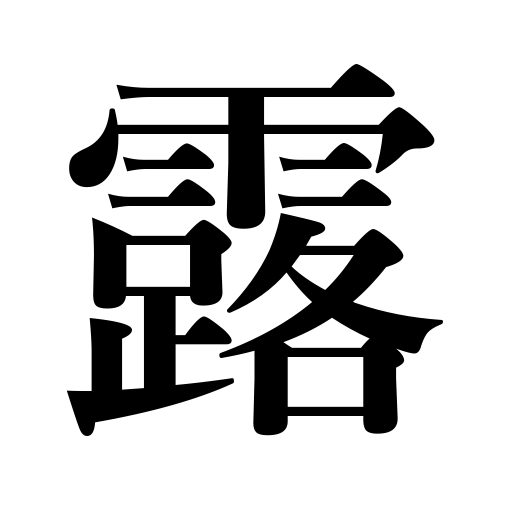
Meanings: flimsiness,dewdrops,Russia,with neg. not a bit,mortality,dew,tears